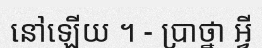
នៅឡើយ ។ - ប្រាថ្នា អ្វី